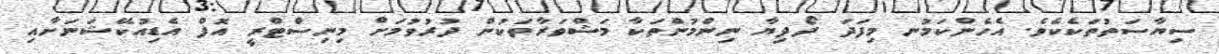
ސިޔާސަތުތަކެކެވެ. އެހެންކަމުނ މިފަދަ ދޯދިޔާ ނިންމުންތަކާ މަޝްވަރާތަކުން ދުރުވުމަށް މިނިސްޓްރީ އޮފް އެޑިއުކޭޝަނަށާއި